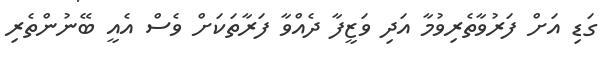
ގަޑި އަށް ފަރުވާތެރިވުމާ އަދި ވަޒީފާ ދެއްވާ ފަރާތަކަށް ވެސް އެއީ ބޭނުންތެރި